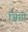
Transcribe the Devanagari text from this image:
ज़िग़ी